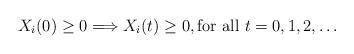
LaTeX: \begin{align*} X_i(0) \geq 0 \Longrightarrow X_i(t) \geq 0, \mbox{for all $t=0,1,2,\ldots$}\end{align*}